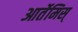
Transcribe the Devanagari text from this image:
आर्तेमिस्